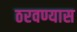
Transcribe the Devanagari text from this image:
ठरवण्यास